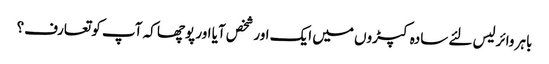
باہر وائرلیس لئے سادہ کپڑوں میں ایک اور شخص آیا اور پوچھا کہ آپ کو تعارف؟